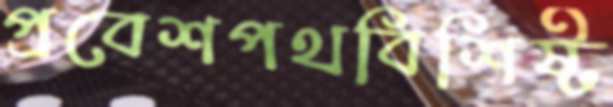
প্রবেশপথবিশিষ্ট